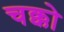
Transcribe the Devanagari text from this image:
चक्को